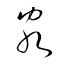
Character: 客